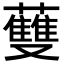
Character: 𧄐